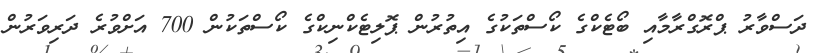
ދަސްްވާރު ޕްރޮގްރާމާއި ބޯޓެކްގެ ކޯސްތަކުގެ އިތުރުން ޕޮލިޓެކްނިކްގެ ކޯސްތަކުން 700 އަށްވުރެ ދަރިވަރުން